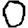
Digit: 0